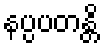
နပ္ပပတန္တိ